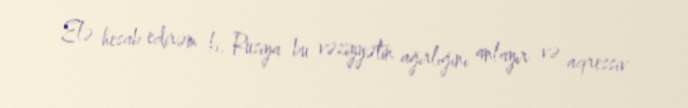
Elə hesab edirəm ki, Rusiya bu vəziyyətin ağırlığını anlayır və aqressiv